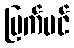
မြက်ပင်